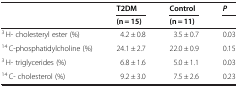
<table><thead><tr><td><b> </b></td><td><b>T2DM</b></td><td><b>Control</b></td><td><b><i>P</i></b></td></tr><tr><td><b> </b></td><td><b>(n = 15)</b></td><td><b>(n = 11)</b></td><td><b> </b></td></tr></thead><tbody><tr><td><sup>3</sup> H- cholesteryl ester (%)</td><td>4.2 ± 0.8</td><td>3.5 ± 0.7</td><td>0.03</td></tr><tr><td><sup>14</sup> C-phosphatidylcholine (%)</td><td>24.1 ± 2.7</td><td>22.0 ± 0.9</td><td>0.15</td></tr><tr><td><sup>3</sup> H- triglycerides (%)</td><td>6.8 ± 1.6</td><td>5.0 ± 1.1</td><td>0.03</td></tr><tr><td><sup>14</sup> C- cholesterol (%)</td><td>9.2 ± 3.0</td><td>7.5 ± 2.6</td><td>0.23</td></tr></tbody></table>